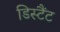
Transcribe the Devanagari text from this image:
डिस्टैंट